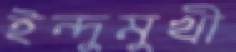
ইন্দুমুখী